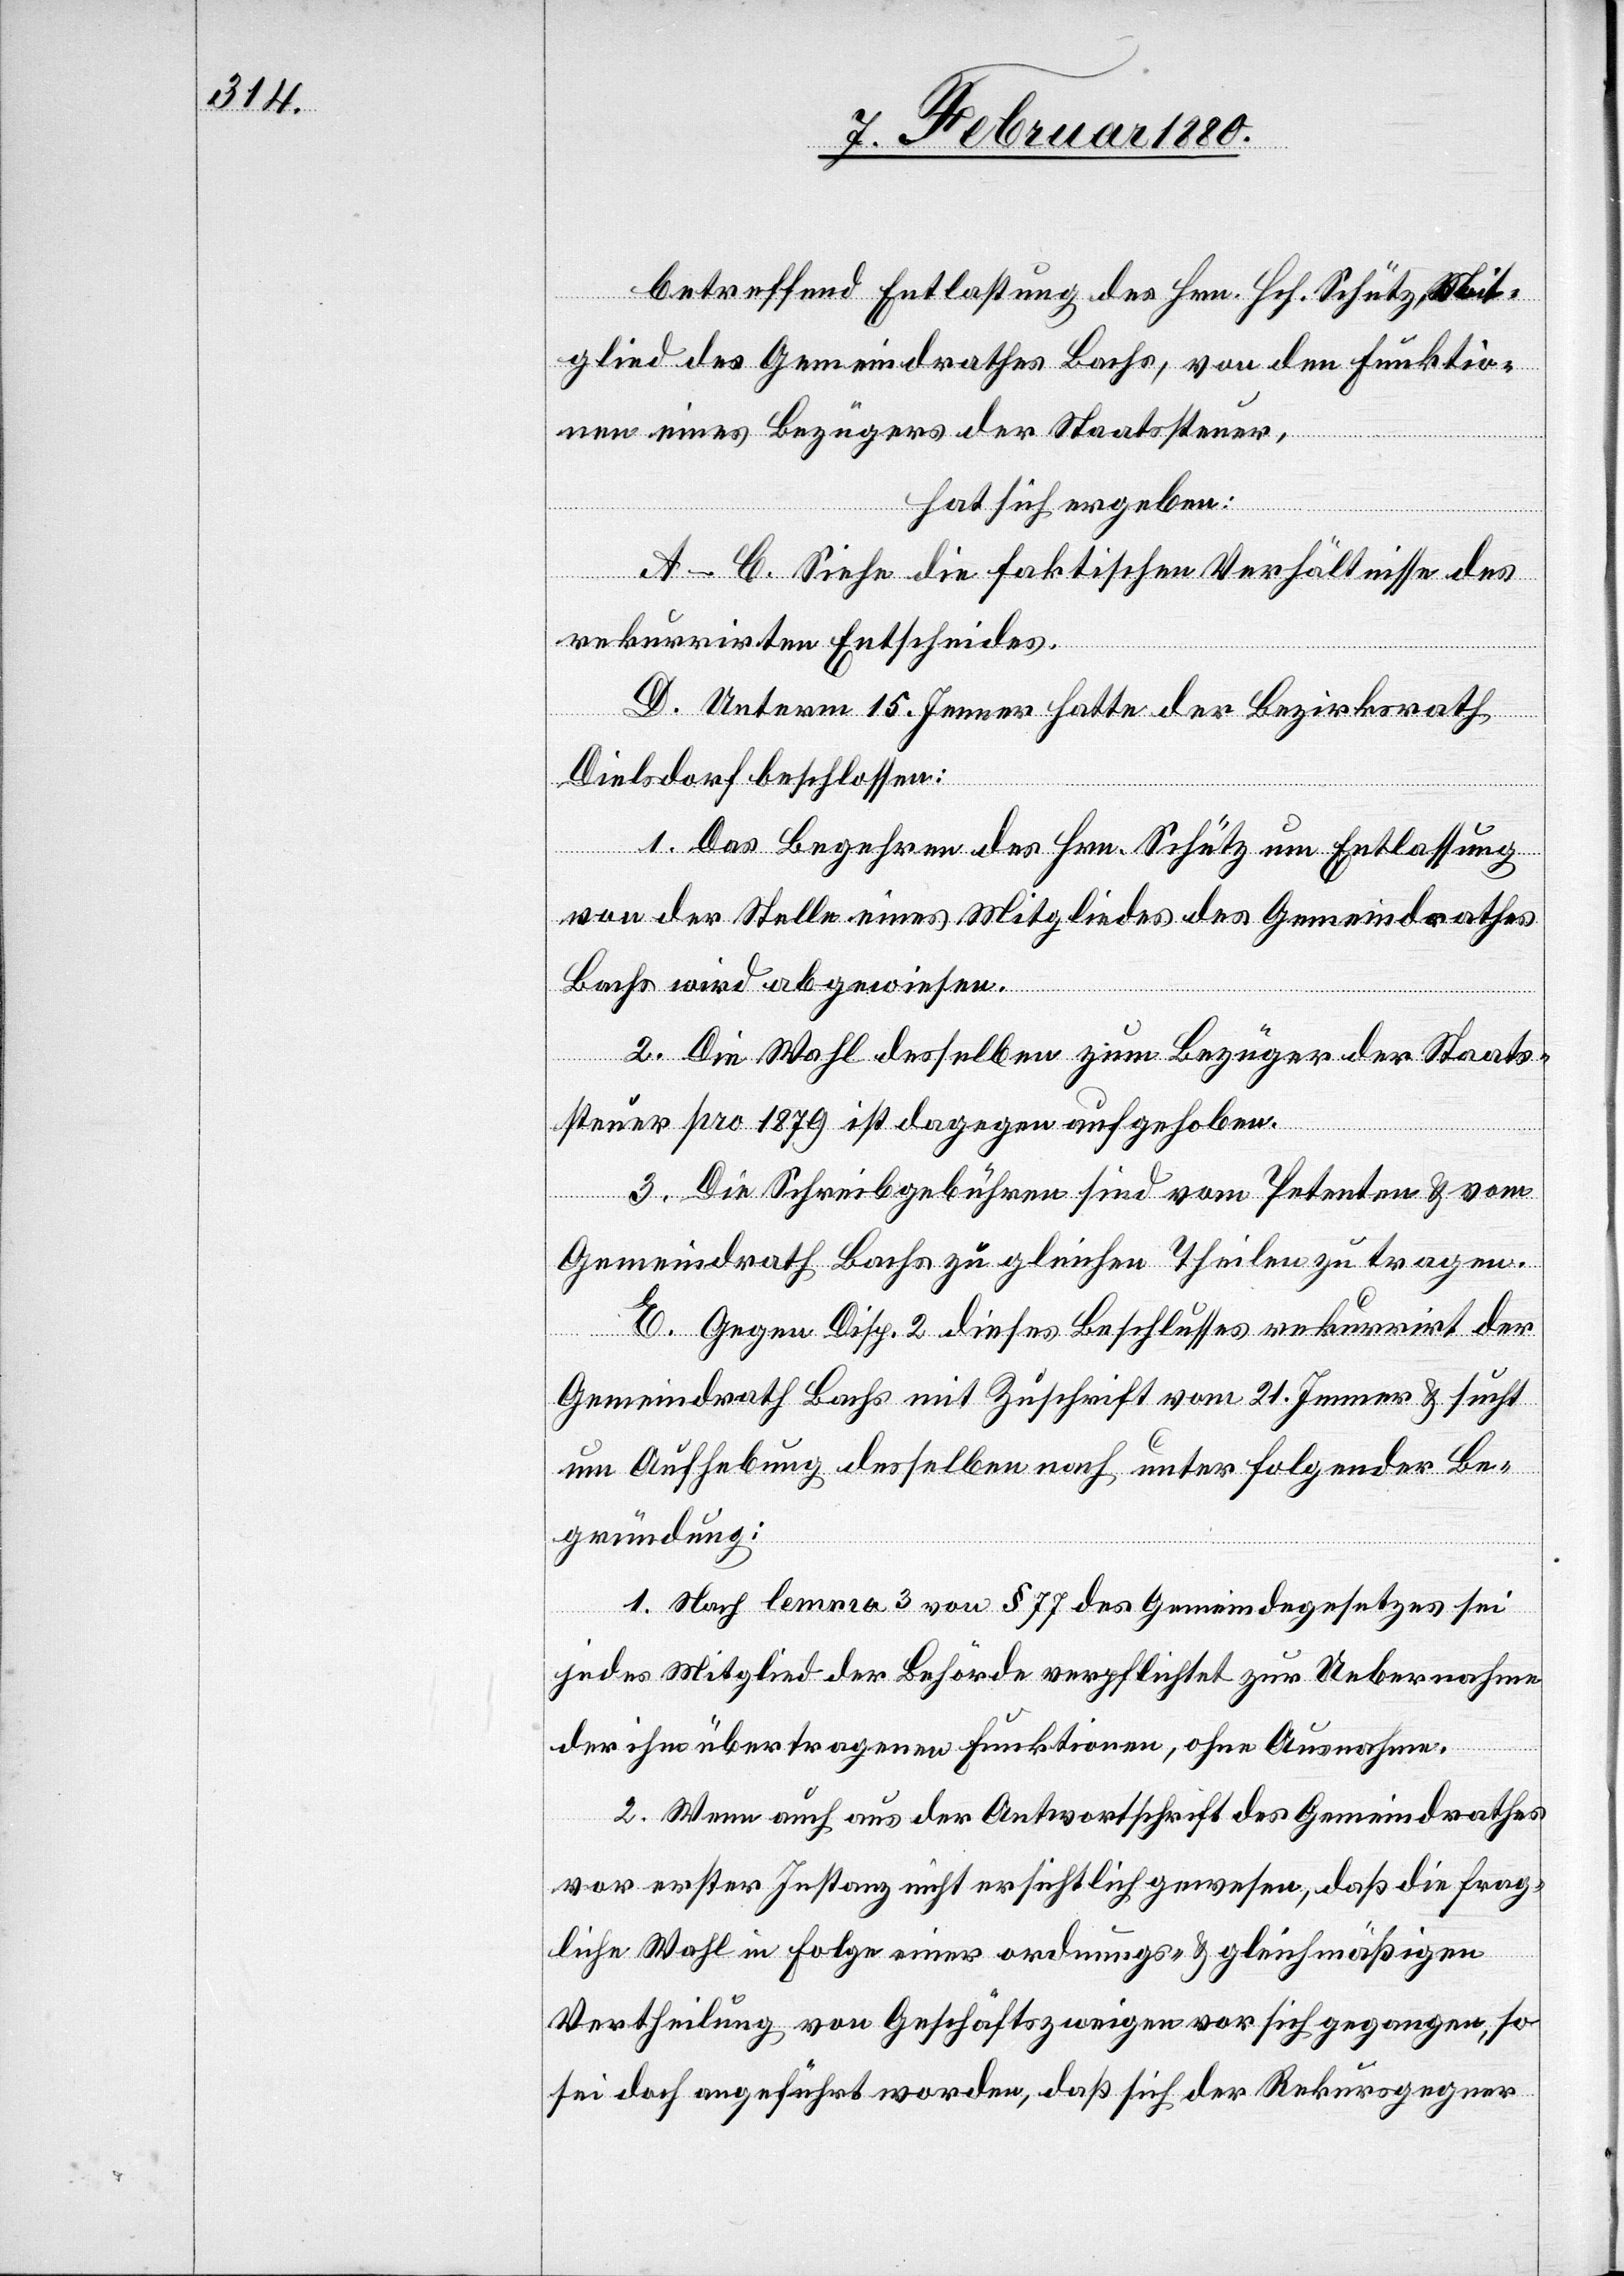
betreffend Entlastung des Hrn. Hch. Schütz, Mit¬
glied des Gemeindrathes Bachs, von den Funktio¬
nen eines Bezügers der Staatssteuer,
hat sich ergeben:
A–C. Siehe die faktischen Verhältnisse des
rekurrirten Entscheides.
D. Unterm 15. Jenner hatte der Bezirksrath
Dielsdorf beschlossen:
1. Das Begehren des Hrn. Schütz um Entlassung
von der Stelle eines Mitgliedes des Gemeindrathes
Bachs wird abgewiesen.
2. Die Wahl desselben zum Bezüger der Staats¬
steuer pro 1879 ist dagegen aufgehoben.
3. Die Schreibgebühren sind vom Petenten & vom
Gemeindrath Bachs zu gleichen Theilen zu tragen.
E. Gegen Disp. 2 dieses Beschlusses rekurrirt der
Gemeindrath Bachs mit Zuschrift vom 21. Jenner & sucht
um Aufhebung desselben nach unter folgender Be¬
gründung:
1. Nach lemma 3 von § 77 des Gemeindegesetzes sei
jedes Mitglied der Behörde verpflichtet zur Uebernahme
der ihm übertragenen Funktionen, ohne Ausnahme.
2. Wenn auch aus der Antwortschrift des Gemeindrathes
vor erster Instanz nicht ersichtlich gewesen, daß die frag¬
liche Wahl in Folge einer ordnungs- & gleichmäßigen
Vertheilung von Geschäftszweigen vor sich gegangen, so
sei doch angeführt worden, daß sich der Rekursgegner